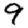
Digit: 9